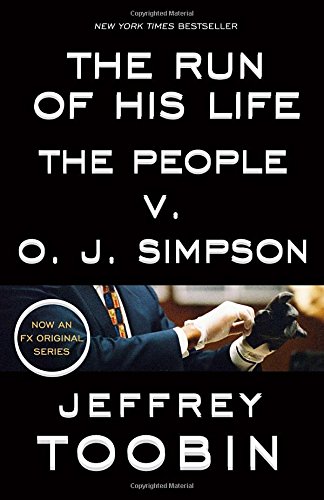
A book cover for The Run of His Life: The People v. O. J. Simpson; Jeffrey Toobin; Law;